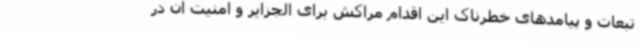
تبعات و پیامدهای خطرناک این اقدام مراکش برای الجزایر و امنیت آن در